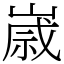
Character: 𡻕